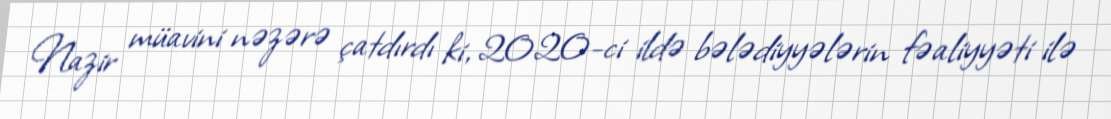
Nazir müavini nəzərə çatdırdı ki, 2020-ci ildə bələdiyyələrin fəaliyyəti ilə